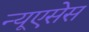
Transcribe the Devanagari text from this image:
न्यूएसेस